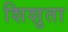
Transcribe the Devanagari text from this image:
शिशुता